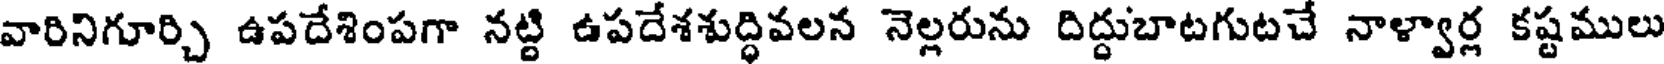
వారినిగూర్చి ఉపదేశింపగా నట్టి ఉపదేశశుద్ధివలన నెల్లరును దిద్దుబాటగుటచే నాళ్వార్ల కష్టములు